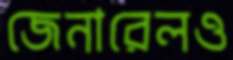
জেনারেলও